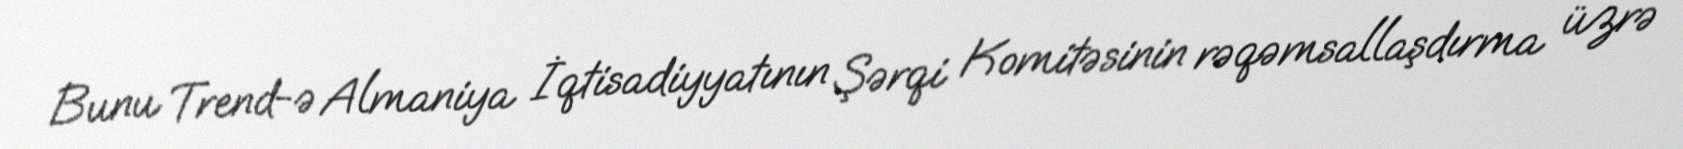
Bunu Trend-ə Almaniya İqtisadiyyatının Şərqi Komitəsinin rəqəmsallaşdırma üzrə